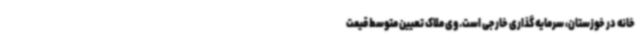
خانه در خوزستان، سرمایه گذاری خارجی است. وی ملاک تعیین متوسط قیمت